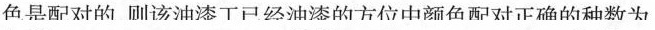
色是配对的副该油漆工已经油漆的方位中颜色西对正确的种数为